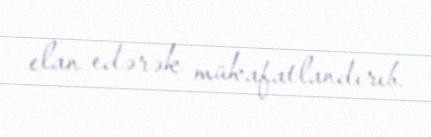
elan edərək mükafatlandırıb.